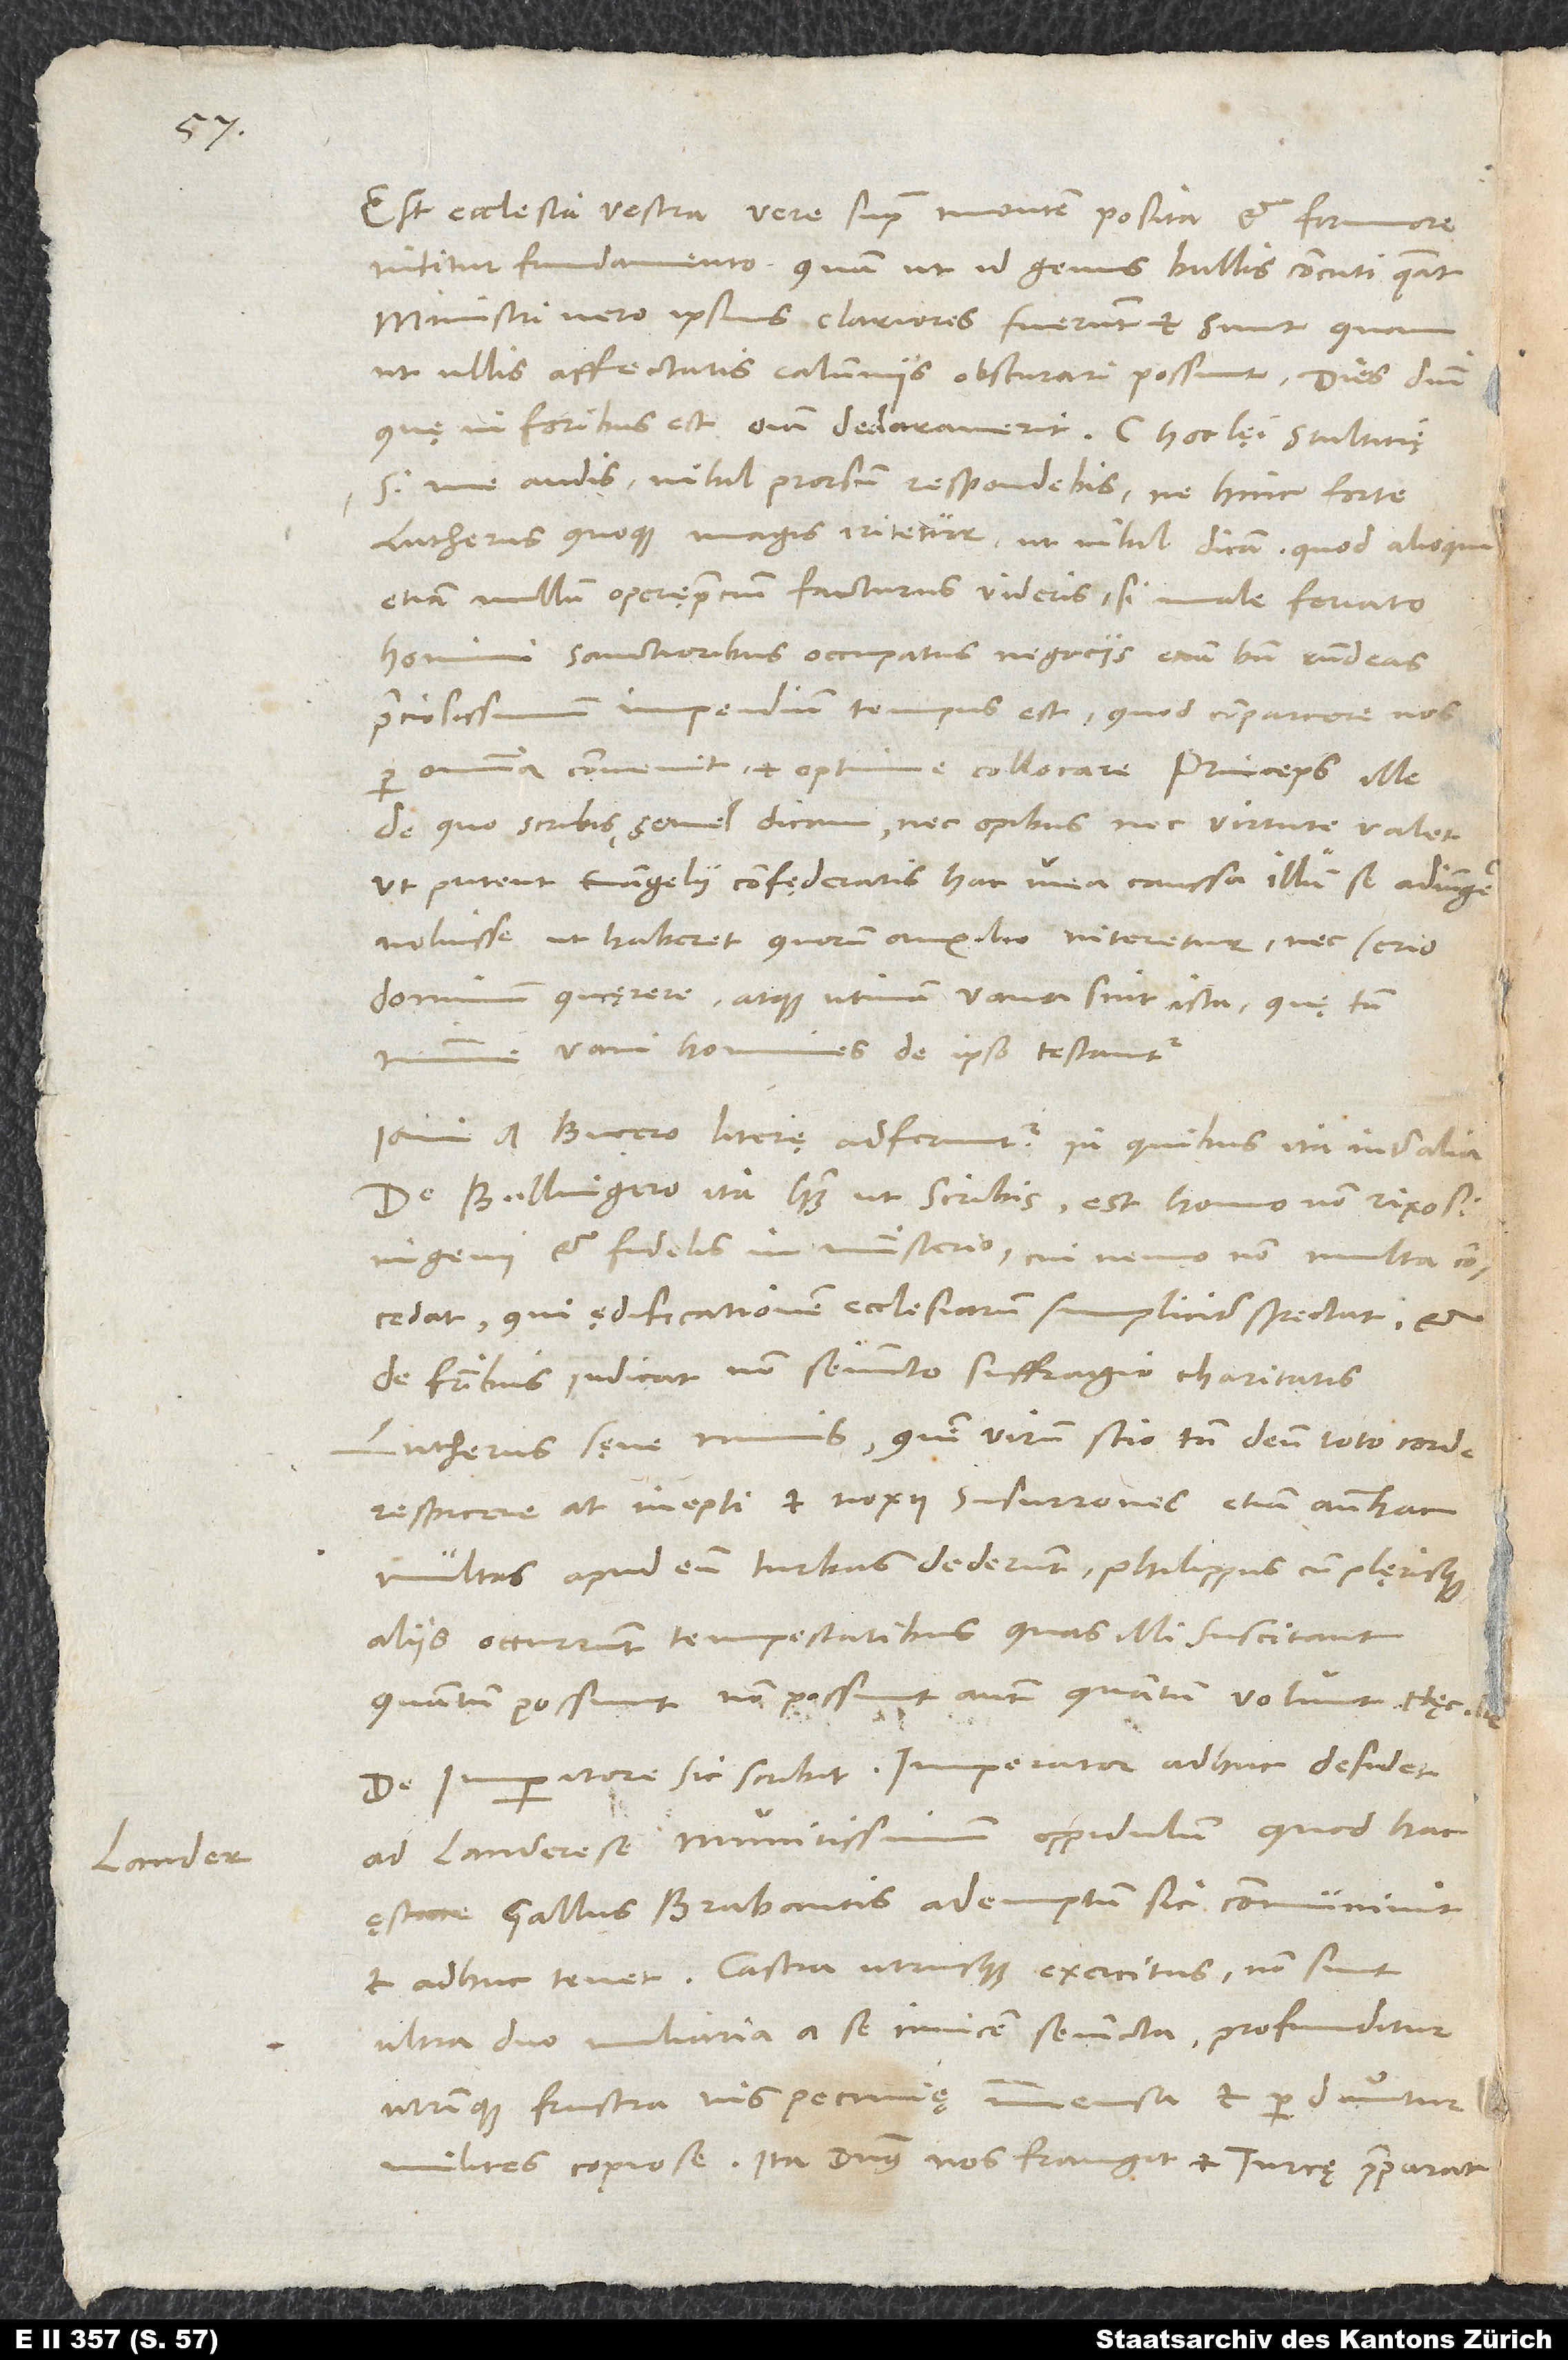
Est ecclesia vestra vere supra montem posita et firmiore
nititur fundamento, quam ut id genus bullis concuti queat;
ministri vero ipsius clariores fuerunt et sunt, quam
ut ullis affectatis calumniis obscurari possint. Dies domini,
si me audis, nihil prorsum respondebis, ne hinc forte
Lutherus quoque magis iritetur, ut nihil dicam, quod alioqui
etiam nullum operęprecium facturus videris, si male feriato
homini sanctioribus occupatus negociis etiam bene respondeas.
Preciosissimum impendium tempus est, quod comparare nos
de quo scribis, semel dicam, nec opibus nec virtute valet,
ut putent evangelii confęderatis hac una caussa illum se adiungere
voluisse, ut habeat, quorum auxilio niteretur, nec serio
dominum quęrere, atque utinam vana sint ista, quę tamen
minime vani homines de ipso testantur.
Iam a Bucero literę adferuntur, in quibus ita inter alia:
„De Bullingero ita habet, ut scribis; est homo non rixosi
ingenii et fidelis in ministerio, cui nemo non multa concedat,
qui ędificationem ecclesiarum simpliciter spectat et
de fratribus iudicat non seiuncto suffragio charitatis.
Lutherus sęve nimis, quem virum scio tamen deum toto corde
respicere; at inepti et noxii susurrones etiam antehac
multas apud eum turbas dederunt. Philippus cum plęrisque
aliis occurrunt tempestatibus, quas illi suscitant,
quantum possunt; non possunt autem, quantum volunt.“ Hęc tibi.
De imperatore sic scribit: „Imperator adhuc desidet
ad Landerese, munitissimum oppidulum, quod hac
ęstate Gallus Brabantis ademptum sic communivit
et adhuc tenet. Castra utriusque exercitus non sunt
ultra duo miliaria a se invicem seiuncta; profunditur
utrinque frustra vis pecunię immensa, et perduntur
milites copiose. Ita dominus nos frangit et Turcę praeparat.“